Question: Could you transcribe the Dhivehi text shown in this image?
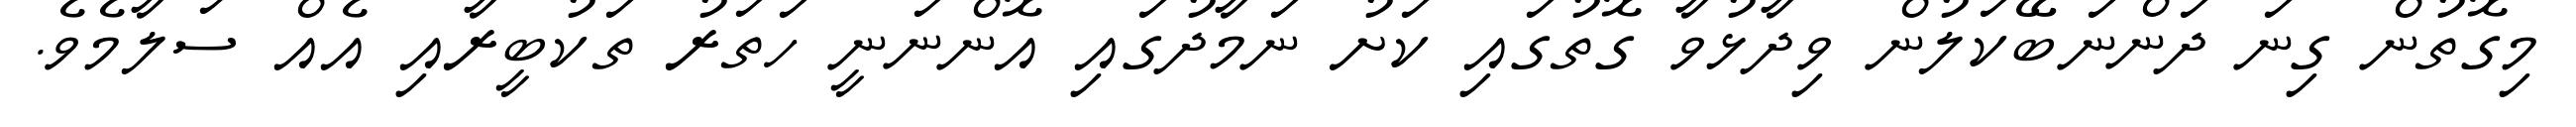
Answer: މިގޮތުން ގިނަ ދަންނަބޭކަލުން ވިދާޅުވާ ގޮތުގައި ކަށު ނަމާދުގައި އޮންނަނީ ހަތަރު ތަކުބީރާއި އެއް ސަލާމެވެ.